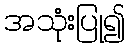
အသုံးပြု၍